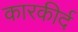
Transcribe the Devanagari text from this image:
कारकीर्द